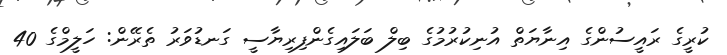
ކުރީގެ ރައީސުންގެ އިނާޔަތް އުނިކުރުމުގެ ބިލް ބަލައިގެންފިރިޔާސީ ގަނޑުވަރު ތެރޭން: ހަލީމްގެ 40